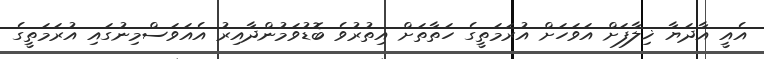
އެއީ އާދަޔާ ޚިލާފަށް އަވަހަށް އުރަމަތީގެ ހަތާތަށް އިތުރުވެ ބޮޑުވަމުންދާއިރު އެއަވަސްމިނުގައި އުރަަމަތީގެ